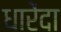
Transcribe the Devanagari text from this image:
धारेंदा